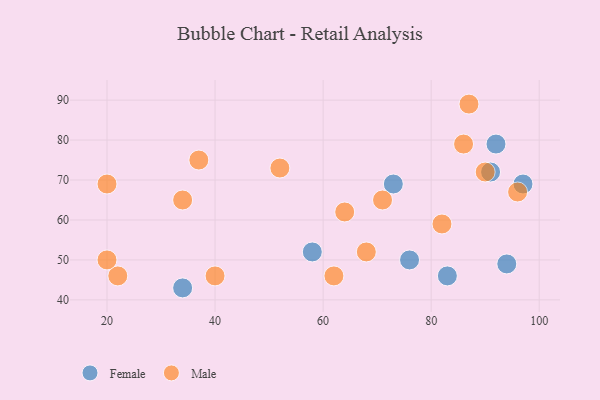
{"axis": {"x": "GDP", "y": "Life Expectancy"}, "legend": ["Female", "Male"], "data": [{"x": "58", "y": 52, "type": "Female"}, {"x": "97", "y": 69, "type": "Female"}, {"x": "83", "y": 46, "type": "Female"}, {"x": "91", "y": 72, "type": "Female"}, {"x": "94", "y": 49, "type": "Female"}, {"x": "92", "y": 79, "type": "Female"}, {"x": "76", "y": 50, "type": "Female"}, {"x": "73", "y": 69, "type": "Female"}, {"x": "34", "y": 43, "type": "Female"}, {"x": "34", "y": 65, "type": "Male"}, {"x": "62", "y": 46, "type": "Male"}, {"x": "68", "y": 52, "type": "Male"}, {"x": "22", "y": 46, "type": "Male"}, {"x": "20", "y": 69, "type": "Male"}, {"x": "82", "y": 59, "type": "Male"}, {"x": "40", "y": 46, "type": "Male"}, {"x": "90", "y": 72, "type": "Male"}, {"x": "20", "y": 50, "type": "Male"}, {"x": "64", "y": 62, "type": "Male"}, {"x": "37", "y": 75, "type": "Male"}, {"x": "96", "y": 67, "type": "Male"}, {"x": "86", "y": 79, "type": "Male"}, {"x": "87", "y": 89, "type": "Male"}, {"x": "52", "y": 73, "type": "Male"}, {"x": "71", "y": 65, "type": "Male"}]}